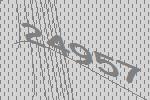
24957